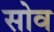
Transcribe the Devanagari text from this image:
सोव